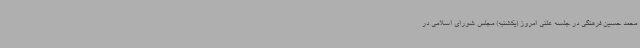
محمد حسین فرهنگی در جلسه علنی امروز (یکشنبه) مجلس شورای اسلامی در